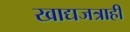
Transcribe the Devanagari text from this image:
खाद्यजत्राही